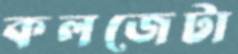
কলজেটা